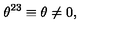
\theta ^ { 2 3 } \equiv \theta \ne 0 ,